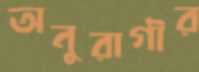
অনুরাগীর